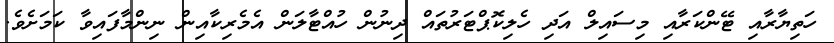
ހަތިޔާރާއި ޓޭންކަރާއި މިސައިލް އަދި ހެލިކޮޕްޓަރުތައް ދިނުން ހުއްޓާލަން އެމެރިކާއިން ނިންމާފައިވާ ކަމަށެވެ.